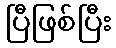
ပြီဖြစ်ပြီး